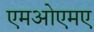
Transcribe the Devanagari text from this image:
एमओएमए